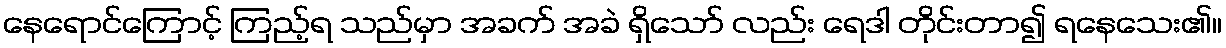
နေရောင်ကြောင့် ကြည့်ရ သည်မှာ အခက် အခဲ ရှိသော် လည်း ရေဒါ တိုင်းတာ၍ ရနေသေး၏။